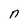
Character: n